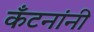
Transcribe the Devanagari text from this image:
कँटनांनी